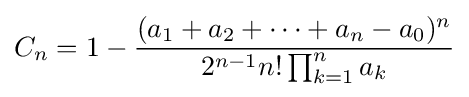
C_{n}=1-{\frac {(a_{1}+a_{2}+\cdots +a_{n}-a_{0})^{n}}{2^{n-1}n!\prod _{k=1}^{n}a_{k}}}